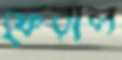
ফেরাল